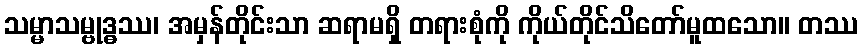
သမ္မာသမ္ဗုဒ္ဓဿ၊ အမှန်တိုင်းသာ ဆရာမရှိ တရားစုံကို ကိုယ်တိုင်သိတော်မူထသော။ တဿ